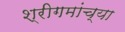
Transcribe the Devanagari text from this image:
श्रीगमांच्या